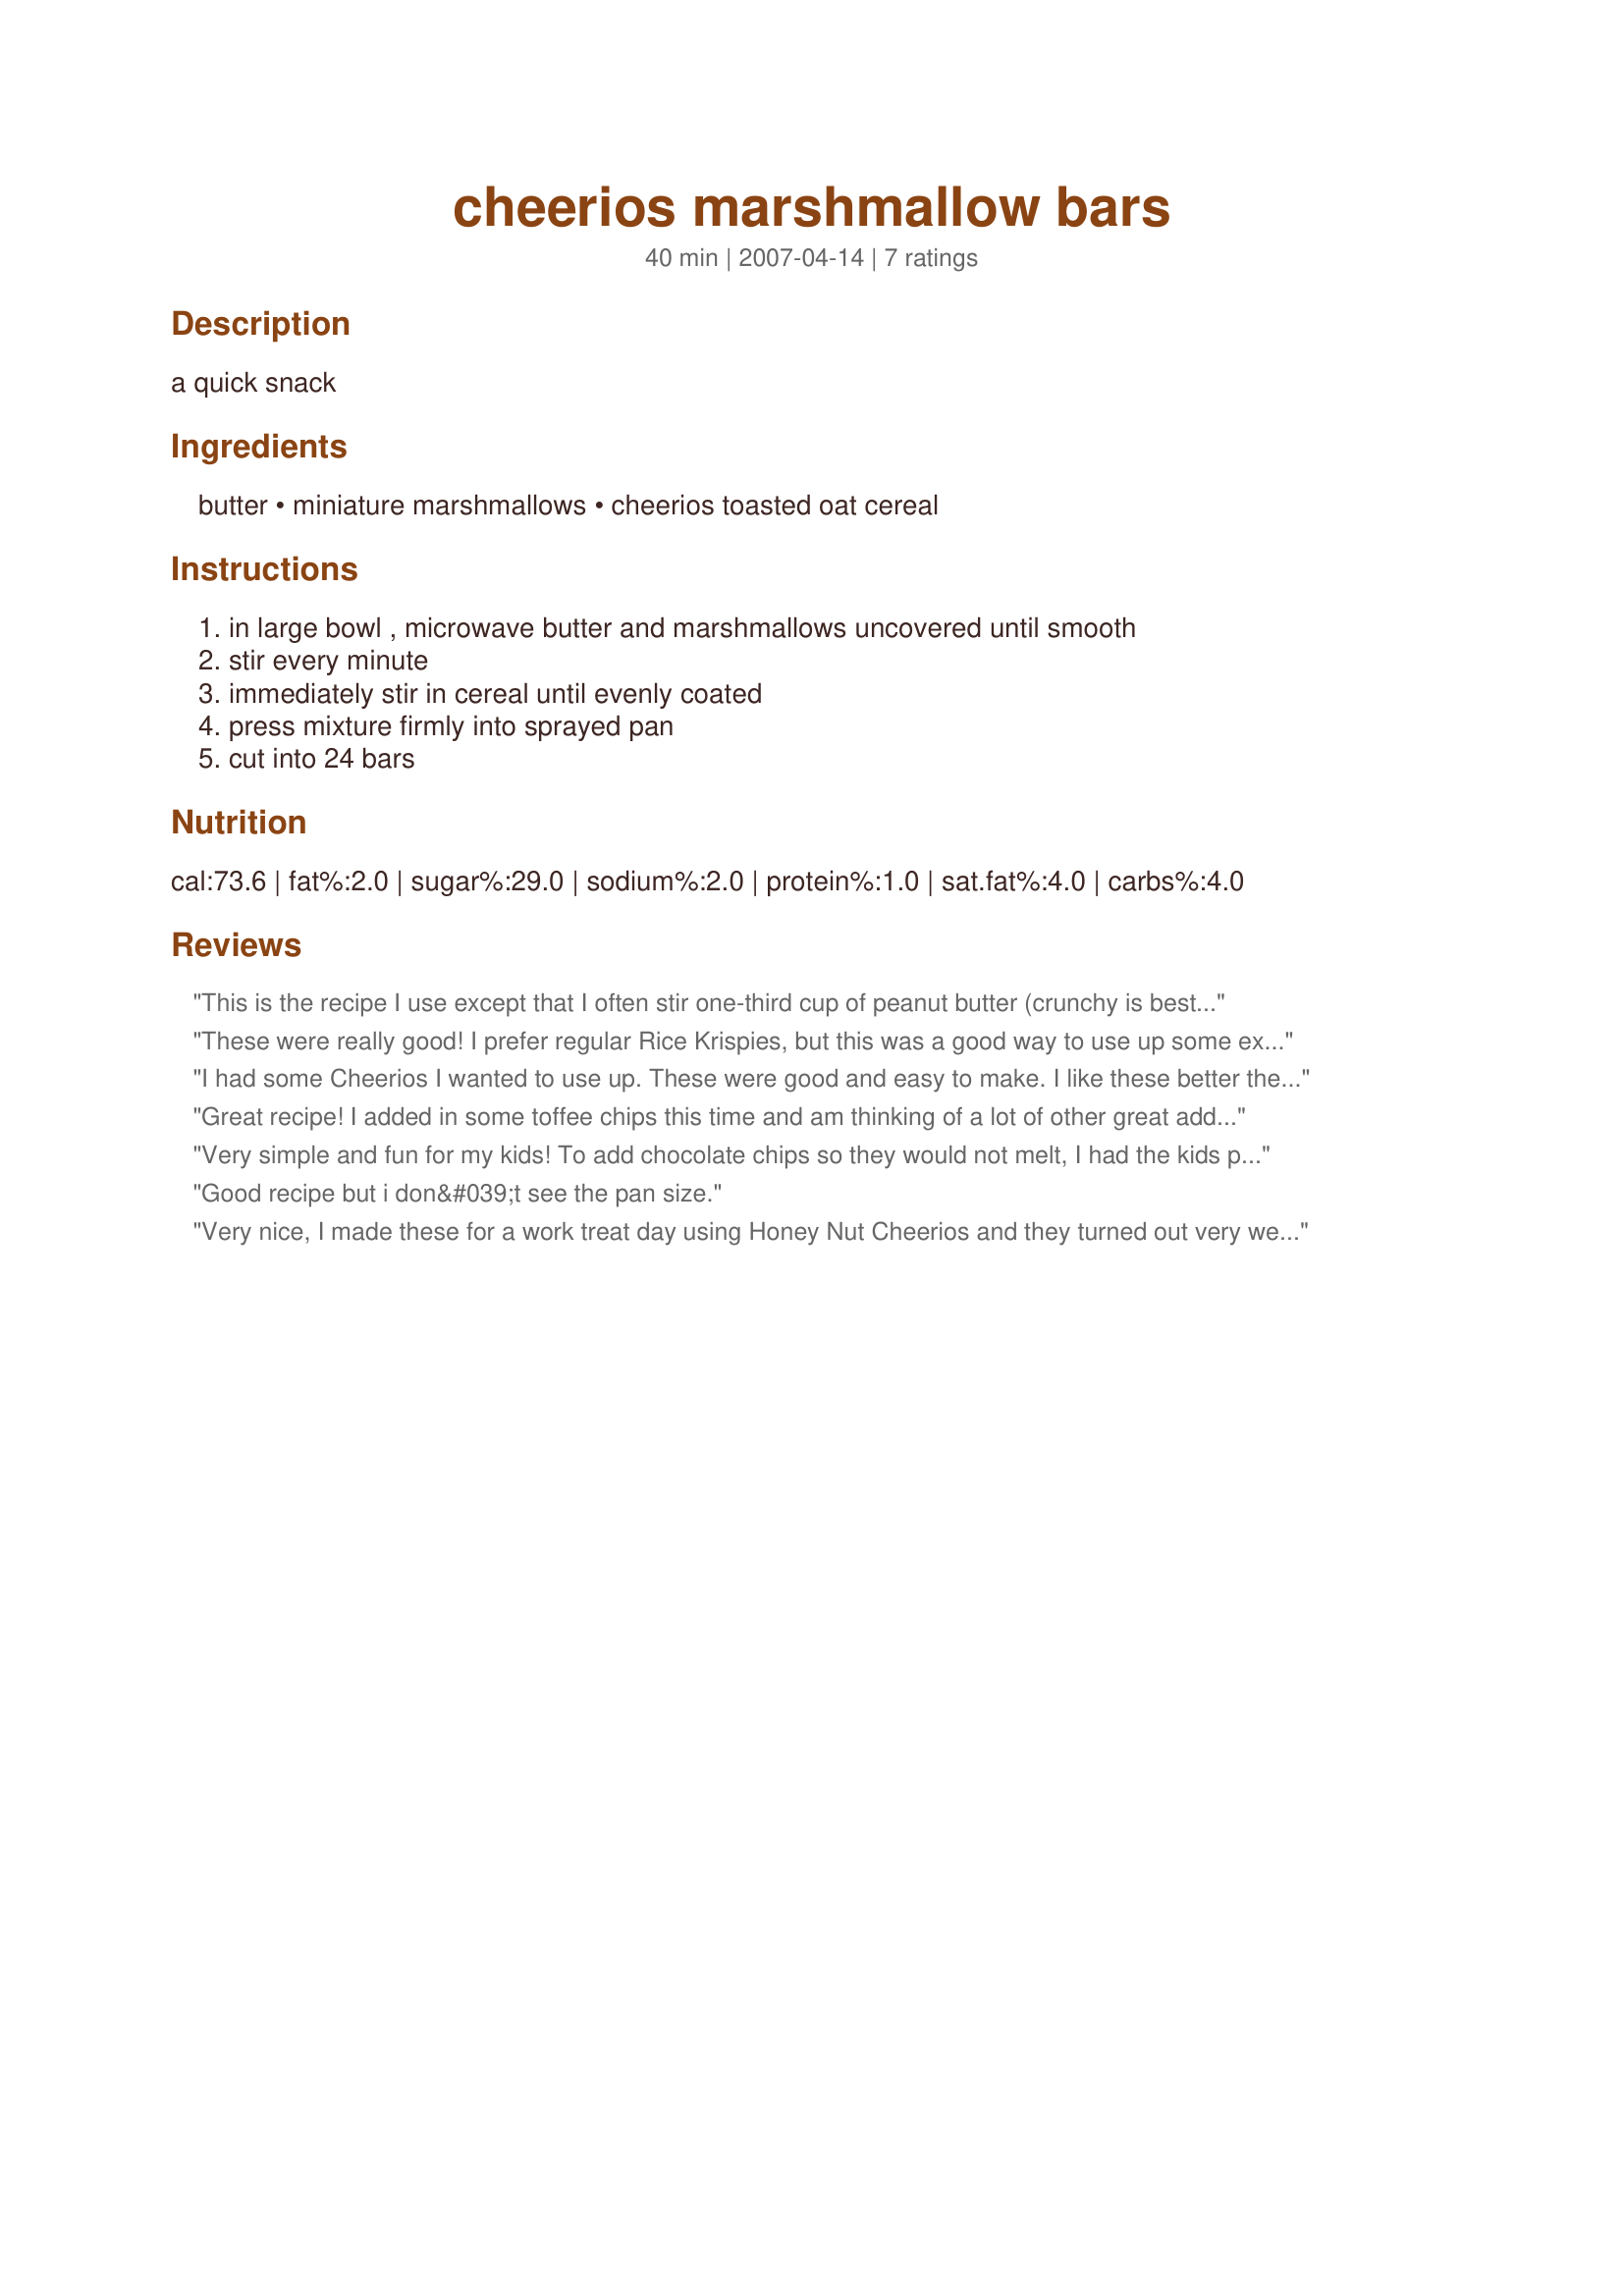
cheerios marshmallow bars
Preparation time: 40 minutes

a quick snack

Ingredients:
butter, miniature marshmallows, cheerios toasted oat cereal

Steps:
in large bowl , microwave butter and marshmallows uncovered until smooth, stir every minute, immediately stir in cereal until evenly coated, press mixture firmly into sprayed pan, cut into 24 bars

Reviews:
This is the recipe I use except that I often stir one-third cup of peanut butter (crunchy is best) into the melted marshmallows before adding the Cheerios (I use multi-grain Cheerios). So much more flavor---and healthier---than the old rice cereal treats!
These were really good! I prefer regular Rice Krispies, but this was a good way to use up some extra Cheerios I had. I used multi-grain, and the whole family loved them!
I had some Cheerios I wanted to use up. These were good and easy to make. I like these better then rice krispie treats!
Great recipe! I added in some toffee chips this time and am thinking of a lot of other great additions, too, like raisins, chocolate chips, m&ms, etc. etc. Thank you!
Very simple and fun for my kids! To add chocolate chips so they would not melt, I had the kids press the mixture into the pan and let it set a minute. I let them sprinkle a few chips on top of the cereal and press them in with the back of a sprayed spatula.
Good recipe but i don&#039;t see the pan size.
Very nice, I made these for a work treat day using Honey Nut Cheerios and they turned out very well. I was a little worried that the cereal pieces would be tough and hard to eat as a large bar, but they softened beautifully with the marshmallows. Thanks!
